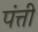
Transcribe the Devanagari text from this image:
पंत्ती